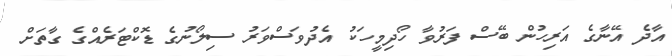
އާދެ އޭނާގެ އަރިހުން ބޭސް ފަރުވާ ހޯދިމީހަކު އެދުވަސްވަރު ސިލޯނުގެ ޑޮކްޓަރެއްގެ ގާތަށް